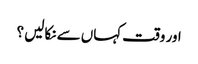
اور وقت کہاں سے نکالیں ؟